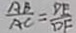
\frac { A B } { A C } = \frac { D E } { D F }